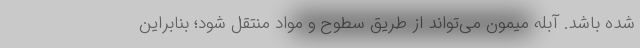
شده باشد. آبله میمون می‌تواند از طریق سطوح و مواد منتقل شود؛ بنابراین